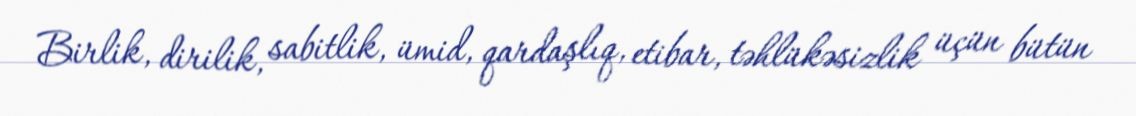
Birlik, dirilik, sabitlik, ümid, qardaşlıq, etibar, təhlükəsizlik üçün bütün